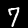
Label: 7